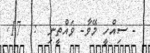
- ސިއްހީ މޭވާ- ވައްތީނި  :  17